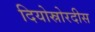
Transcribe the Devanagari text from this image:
दियोस्रोरदीस